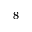
_ 8